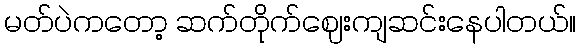
မတ်ပဲကတော့ ဆက်တိုက်ဈေးကျဆင်းနေပါတယ်။